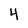
Character: 4